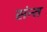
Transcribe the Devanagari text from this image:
संन्त